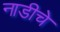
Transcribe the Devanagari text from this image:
नाडीचे